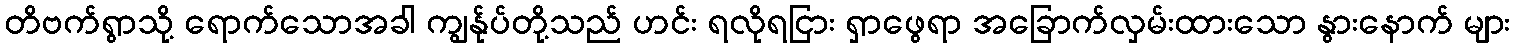
တိဗက်ရွာသို့ ရောက်သောအခါ ကျွန်ုပ်တို့သည် ဟင်း ရလိုရငြား ရှာဖွေရာ အခြောက်လှမ်းထားသော နွားနောက် များ